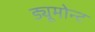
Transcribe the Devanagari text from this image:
ड्यूमोन्ट